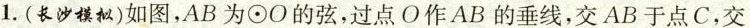
1.(长沙模拟)如图，AB为⊙O的弦，过点O作AB的垂线，交AB于点C，交